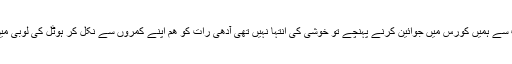
جب ہمارے کچھ دوست دوسری فلائٹ سے ہمیں کورس میں جوائین کرنے پہنچے تو خوشی کی انتہا نہیں تھی آدھی رات کو ھم اپنے کمروں سے نکل کر ہوٹل کی لوبی میں انکو خوشامدید کہنے کے لیے آئے ۔